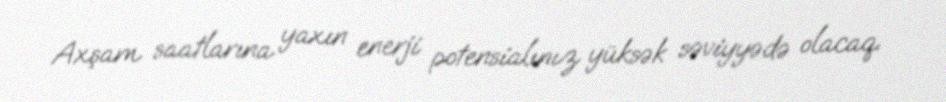
Axşam saatlarına yaxın enerji potensialınız yüksək səviyyədə olacaq.